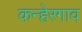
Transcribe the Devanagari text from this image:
कन्हेरगाव